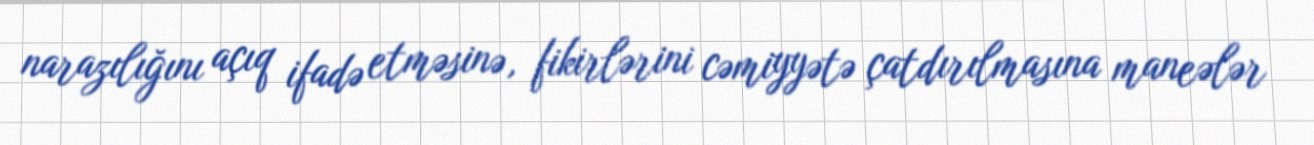
narazılığını açıq ifadə etməsinə, fikirlərini cəmiyyətə çatdırılmasına maneələr